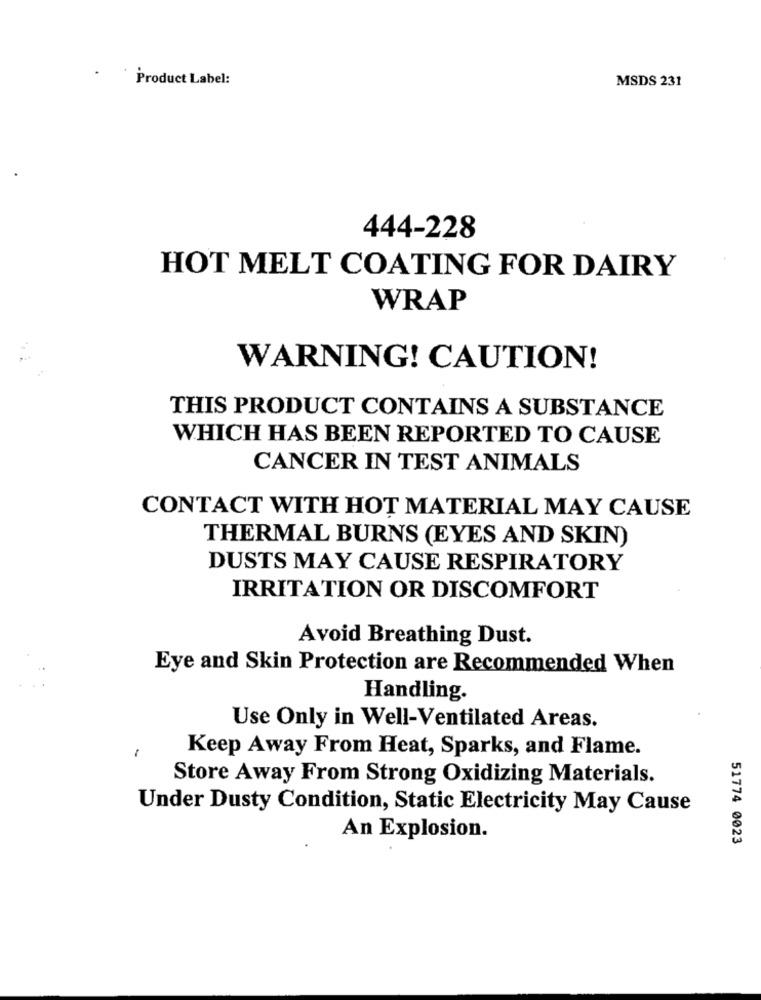
. .
Product Label:
MSDS 231
444-228
HOT MELT COATING FOR DAIRY
WRAP
WARNING! CAUTION!
THIS PRODUCT CONTAINS A SUBSTANCE
WHICH HAS BEEN REPORTED TO CAUSE
CANCER IN TEST ANIMALS
CONTACT WITH HOT MATERIAL MAY CAUSE
THERMAL BURNS (EYES AND SKIN)
DUSTS MAY CAUSE RESPIRATORY
IRRITATION OR DISCOMFORT
Avoid Breathing Dust.
Eye and Skin Protection are Recommended When
Handling.
Use Only in Well-Ventilated Areas.
Keep Away From Heat, Sparks, and Flame.
Store Away From Strong Oxidizing Materials.
Under Dusty Condition, Static Electricity May Cause
An Explosion.
51774 0023